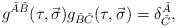
\begin{align*}g^{\check{A}\check{B}}(\tau,\vec{\sigma})g_{\check{B}\check{C}}(\tau,\vec{\sigma})=\delta^{\check{A}}_{\check{C}}, \end{align*}